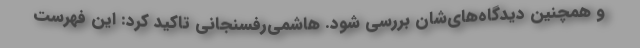
و همچنین دیدگاه‌های‌شان بررسی شود. هاشمی‌رفسنجانی تاکید کرد: این فهرست